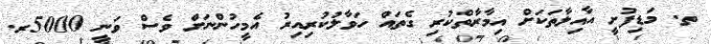
ތ. މަޑިފުށީ އާއިލާތަކަށް އިމާރާތްކުރި ގެތައް ހަވާލުކުރިއިރު އެމީހުންނަށް ވެސް ވަނީ 5000ރ.